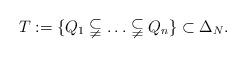
LaTeX: \begin{align*} T:=\{Q_1\subsetneqq\ldots \subsetneqq Q_n\}\subset \Delta_N.\end{align*}